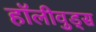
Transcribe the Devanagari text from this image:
हॉलीवुड्स